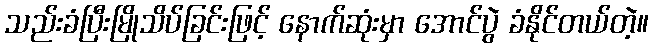
သည်းခံပြီးမြိုသိပ်ခြင်းဖြင့် နောက်ဆုံးမှာ အောင်ပွဲ ခံနိုင်တယ်တဲ့။